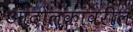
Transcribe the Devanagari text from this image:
आंदोलकांवरील